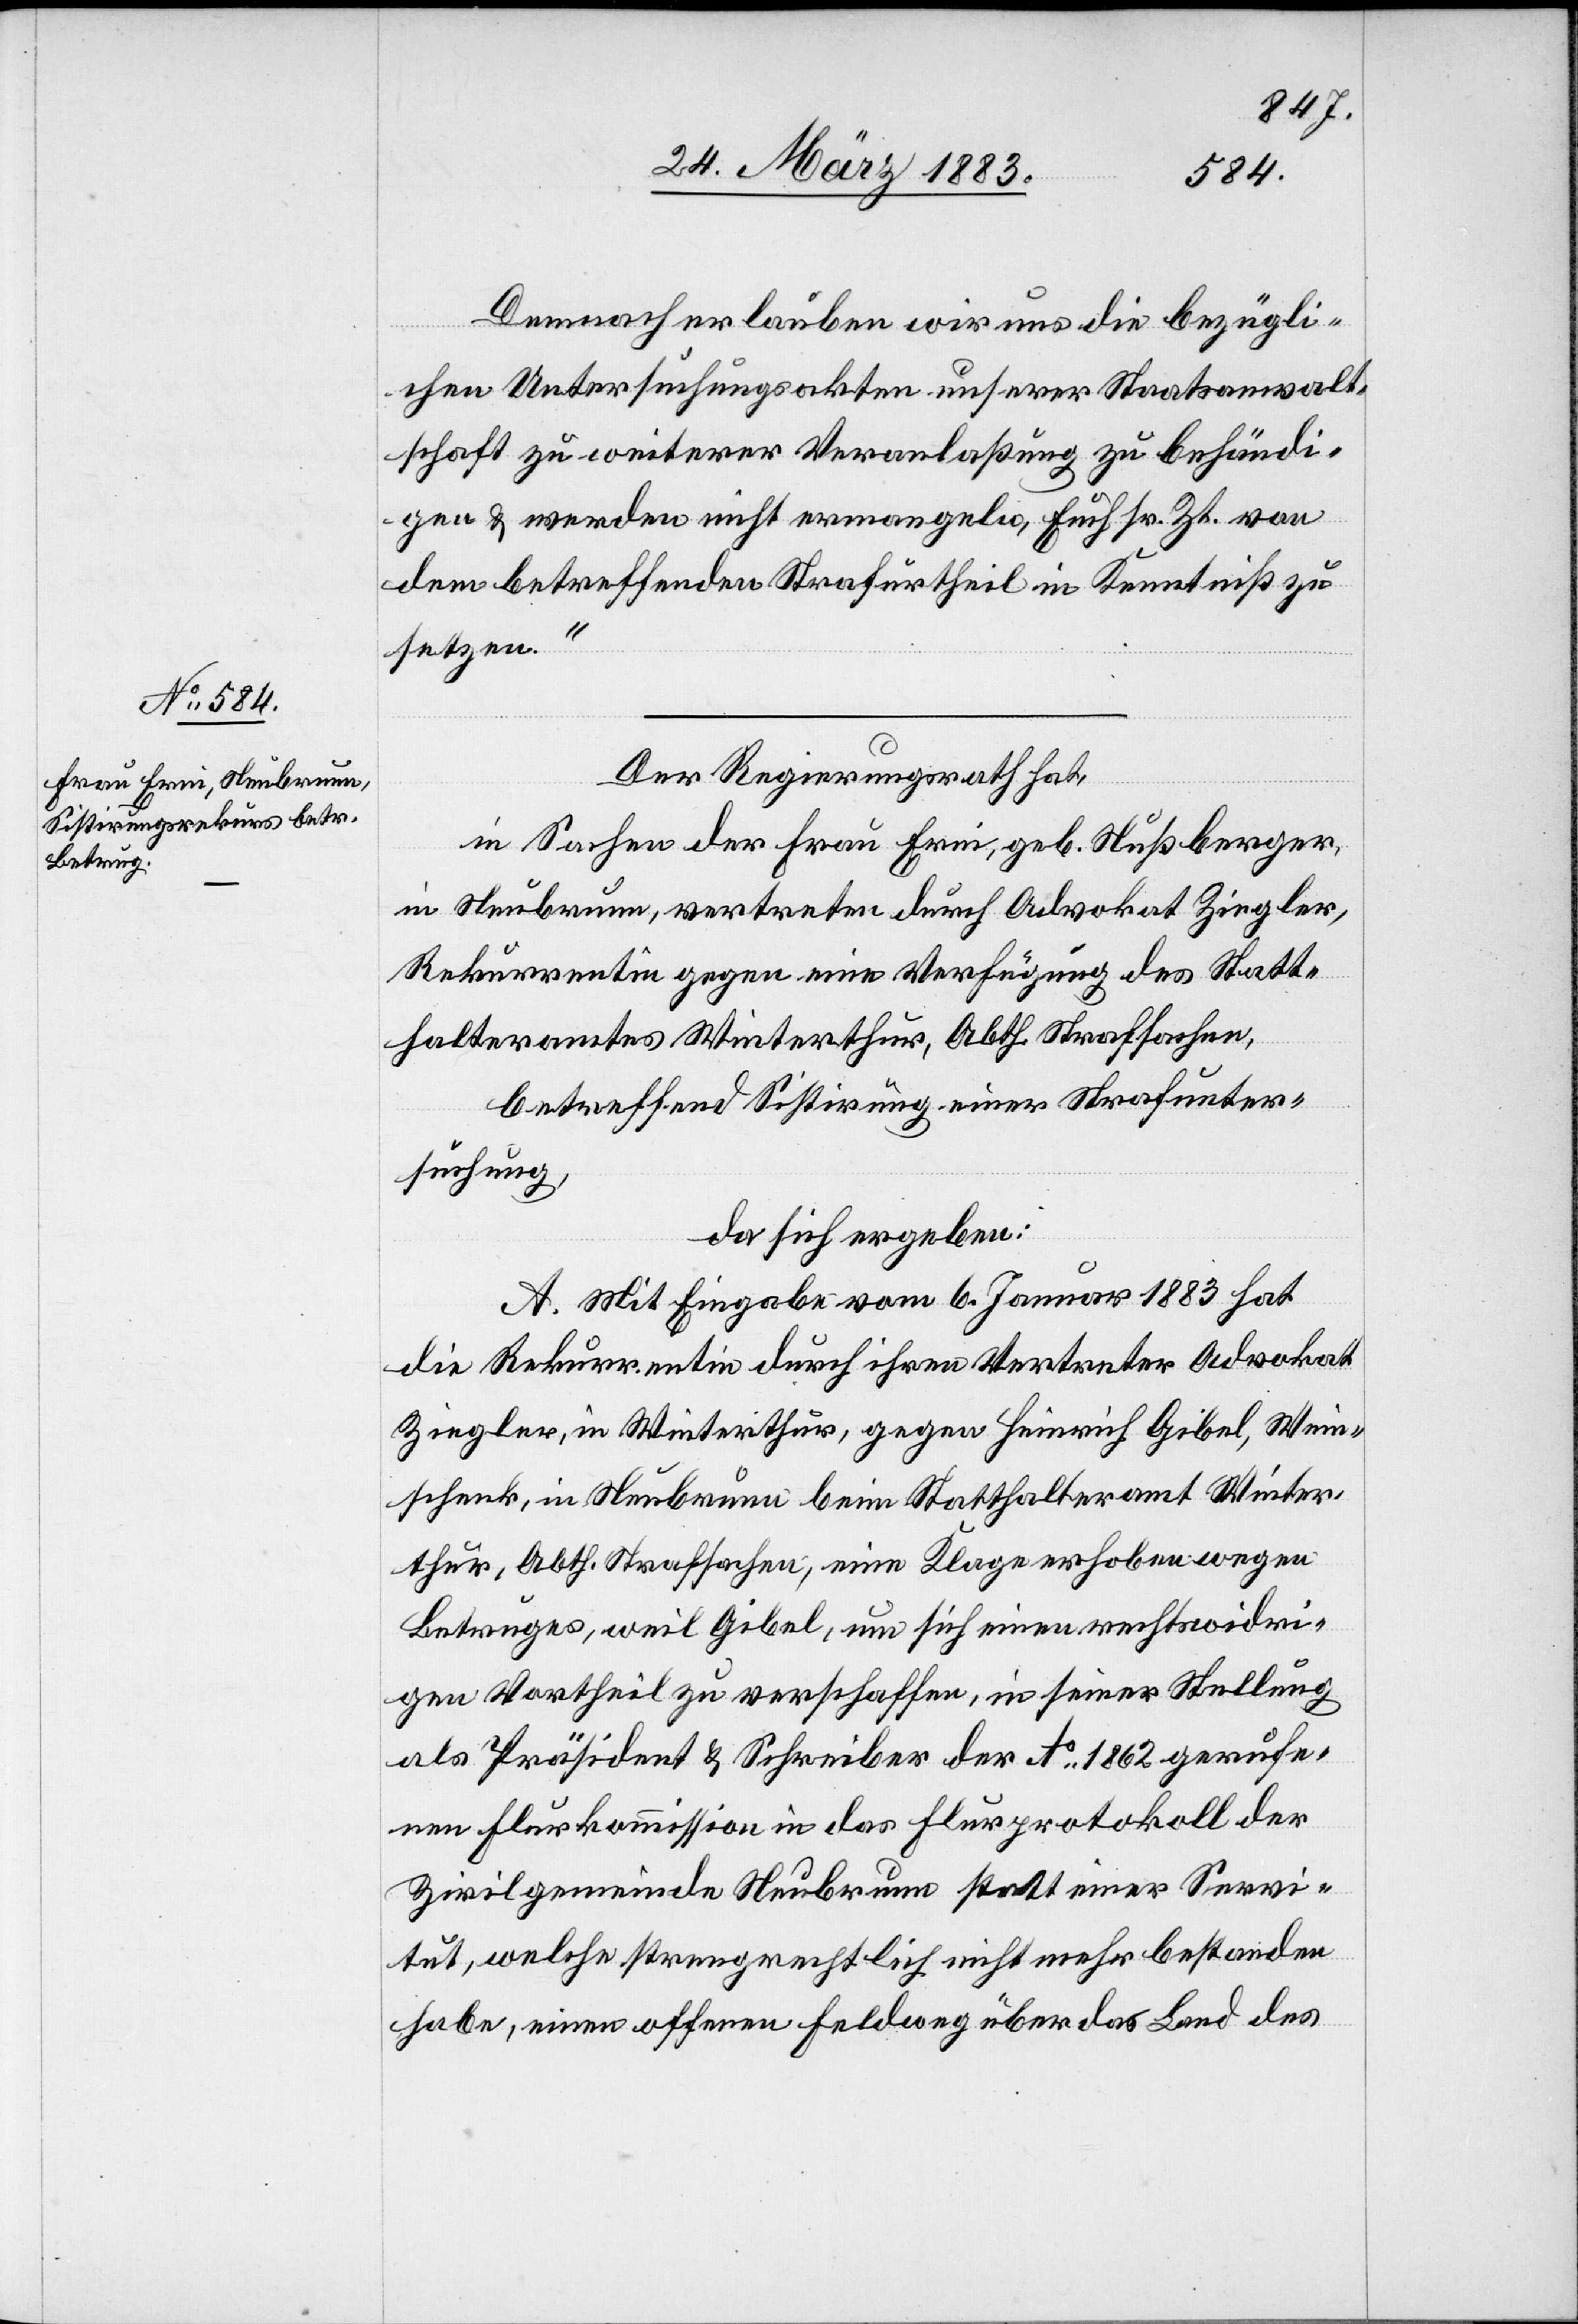
Demnach erlauben wir uns die bezügli¬
chen Untersuchungsakten unserer Staatsanwalt¬
schaft zu weiterer Veranlaßung zu behändi¬
gen & werden nicht ermangeln, Euch sr. Zt. von
dem betreffenden Strafurtheil in Kenntniß zu
setzen.“
Der Regierungsrath hat,
in Sachen der Frau Erni, geb. Nußberger,
in Neubrunn, vertreten durch Advokat Ziegler,
Rekurrentin gegen eine Verfügung des Statt¬
halteramtes Winterthur, Abth. Strafsachen,
betreffend Sistirung einer Strafunter¬
suchung,
da sich ergeben:
A. Mit Eingabe vom 6. Januar 1883 hat
die Rekurrentin durch ihren Vertreter Advokat
Ziegler, in Winterthur, gegen Heinrich Gibel, Wein¬
schenk, in Neubrunn beim Statthalteramt Winter¬
thur, Abth. Strafsachen, eine Klage erhoben wegen
Betruges, weil Gibel, um sich einen rechtswidri¬
gen Vortheil zu verschaffen, in seiner Stellung
als Präsident & Schreiber der Ao 1862 gerufe¬
nen Flurkommission in das Flurprotokoll der
Zivilgemeinde Neubrunn statt einer Servi¬
tut, welche strengrechtlich nicht mehr bestanden
habe, einen offenen Feldweg über das Land des